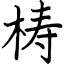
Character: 梼